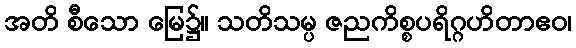
အတိ စီသော မြေ၌။ သတိသမ္ပ ဇညကိစ္စပရိဂ္ဂဟိတာဧဝ၊